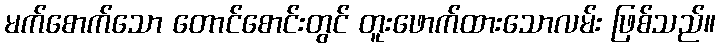
မက်စောက်သော တောင်စောင်းတွင် တူးဖောက်ထားသောလမ်း ဖြစ်သည်။